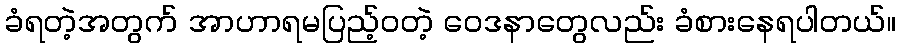
ခံရတဲ့အတွက် အာဟာရမပြည့်ဝတဲ့ ဝေဒနာတွေလည်း ခံစားနေရပါတယ်။